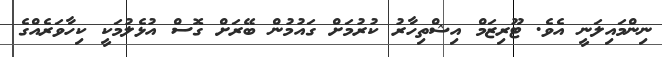
ނިންމައިލަނީ އެވެ. ޓޫރިޒަމް އިޝްތިހާރު ކުރުމަށް ގައުމުން ބޭރަށް ގޮސް އުޅެލުމަކީ ކިހާވަރެއްގެ